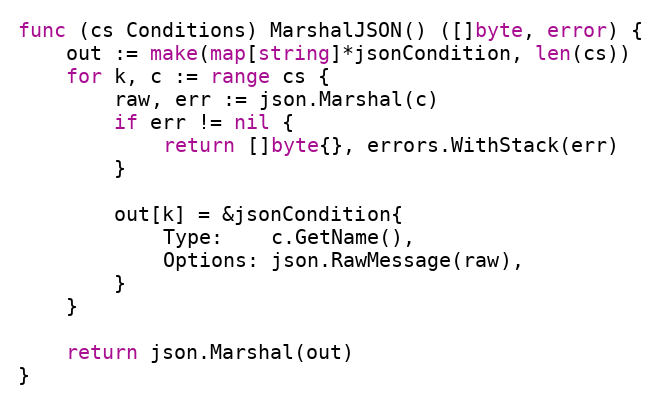
Language: Go
func (cs Conditions) MarshalJSON() ([]byte, error) {
	out := make(map[string]*jsonCondition, len(cs))
	for k, c := range cs {
		raw, err := json.Marshal(c)
		if err != nil {
			return []byte{}, errors.WithStack(err)
		}

		out[k] = &jsonCondition{
			Type:    c.GetName(),
			Options: json.RawMessage(raw),
		}
	}

	return json.Marshal(out)
}